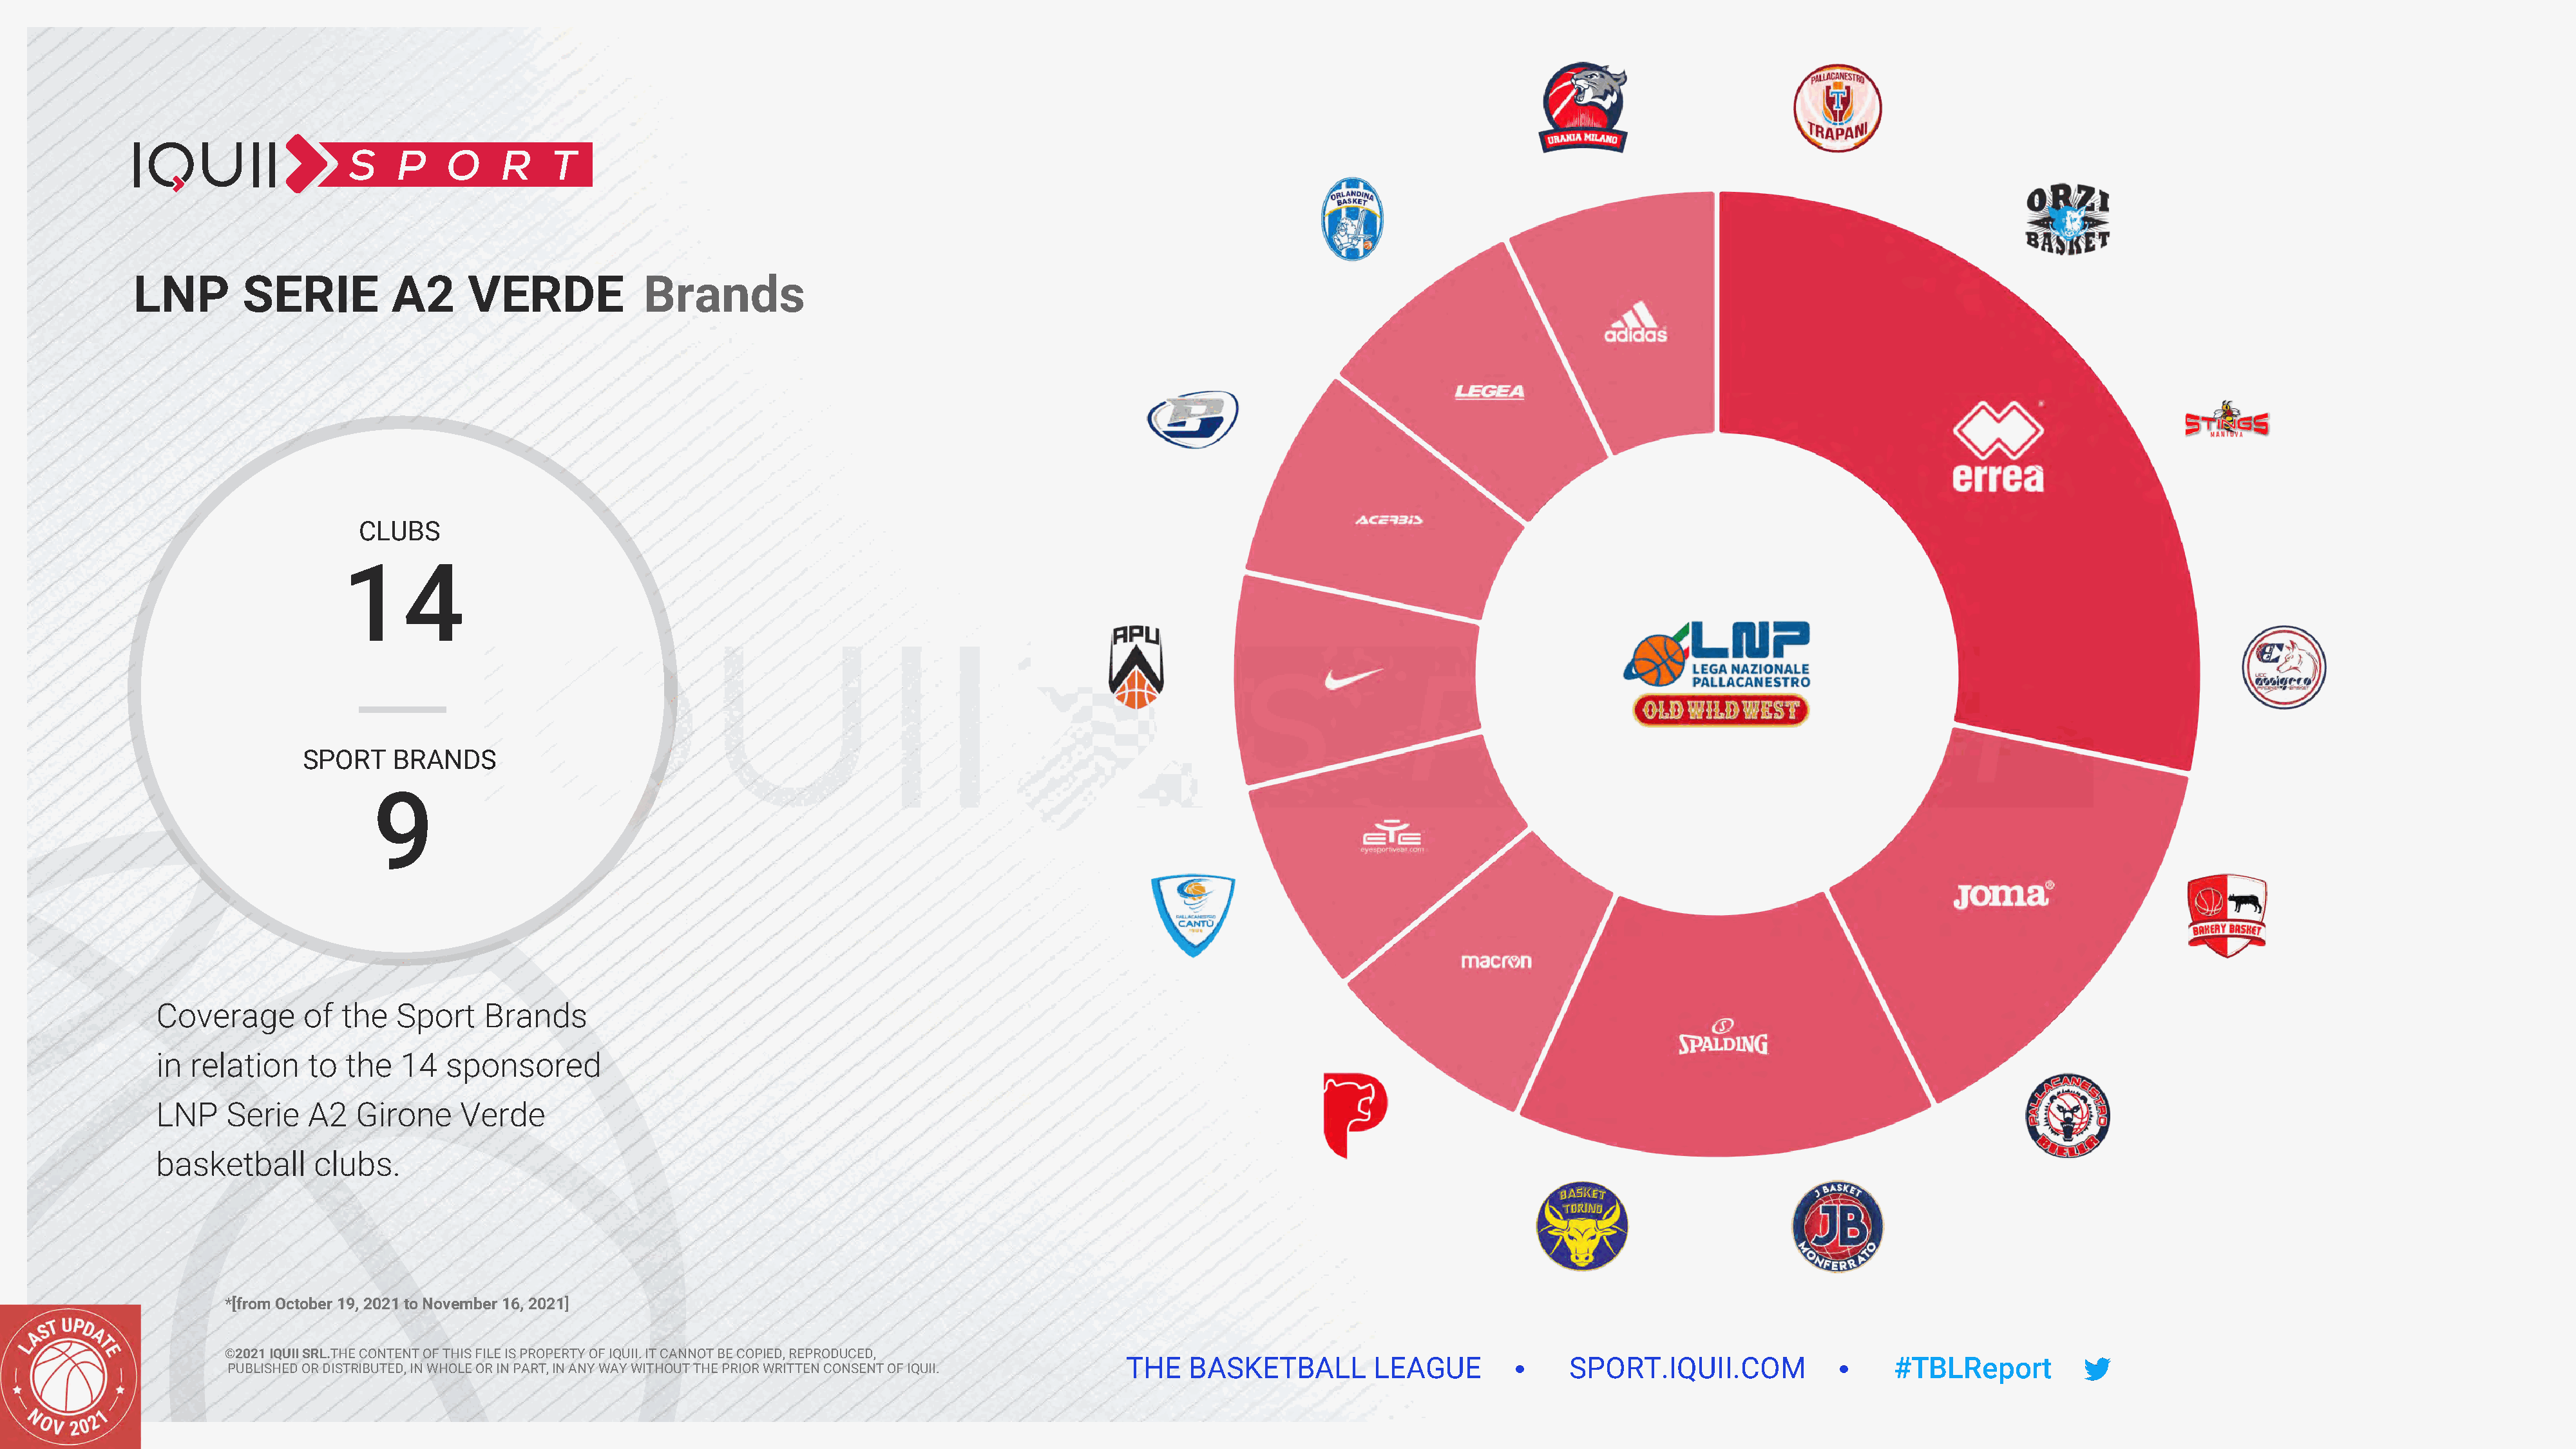
LNP        SERIE          A2      VERDE             Brands
 CLUBS
 14
 SPORT    BRANDS
 9
 Coverage       of  the   Sport    Brands
 in  relation    to  the  14   sponsored
 LNP    Serie    A2   Girone    Verde
 basketball      clubs.
 *[from October 19, 2021 to November 16, 2021]
 ©2021 IQUII SRL.THE CONTENT OF THIS FILE IS PROPERTY OF IQUII. IT CANNOT BE COPIED, REPRODUCED,
 THE   BASKETBALL         LEAGUE              SPORT.IQUII.COM                   #TBLReport
 PUBLISHED OR DISTRIBUTED, IN WHOLE OR IN PART, IN ANY WAY WITHOUT THE PRIOR WRITTEN CONSENT OF IQUII.